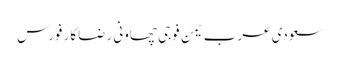
سعودی عرب یمن فوجی چھاونی رضاکار فورس